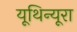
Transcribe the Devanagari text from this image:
यूथिन्यूरा